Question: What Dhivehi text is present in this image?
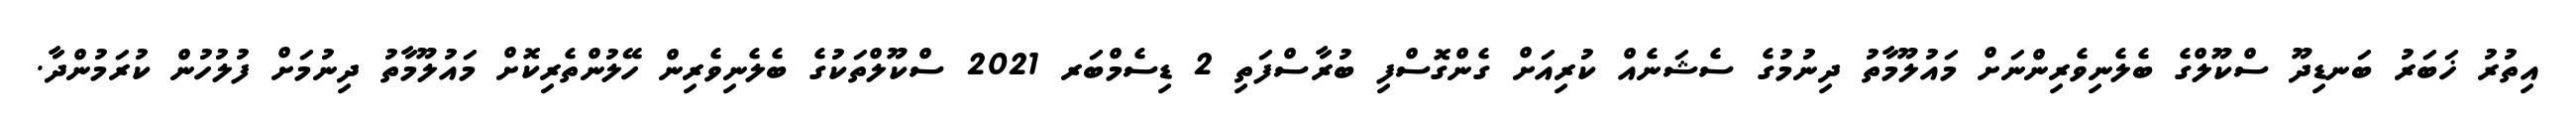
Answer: އިތުރު ޚަބަރު ބަނޑިދޫ ސްކޫލްގެ ބެލެނިވެރިންނަށް މައުލޫމާތު ދިނުމުގެ ސެޝަނެއް ކުރިއަށް ގެންގޮސްފި ބުރާސްފަތި 2 ޑިސެމްބަރ 2021 ސްކޫލްތަކުގެ ބެލެނިވެރިން ހޭލުންތެރިކޮށް މައުލޫމާތު ދިނުމަށް ފުލުހުން ކުރަމުންދާ.